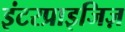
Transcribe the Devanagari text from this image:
इंटरप्राइजिज़